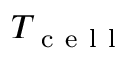
T _ { \mathrm { ~ c ~ e ~ l ~ l ~ } }